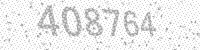
Solution: 408764